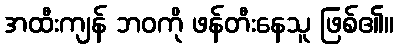
အထီးကျန် ဘဝကို ဖန်တီးနေသူ ဖြစ်၏။